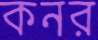
কনর